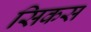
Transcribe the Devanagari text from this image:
सिकस